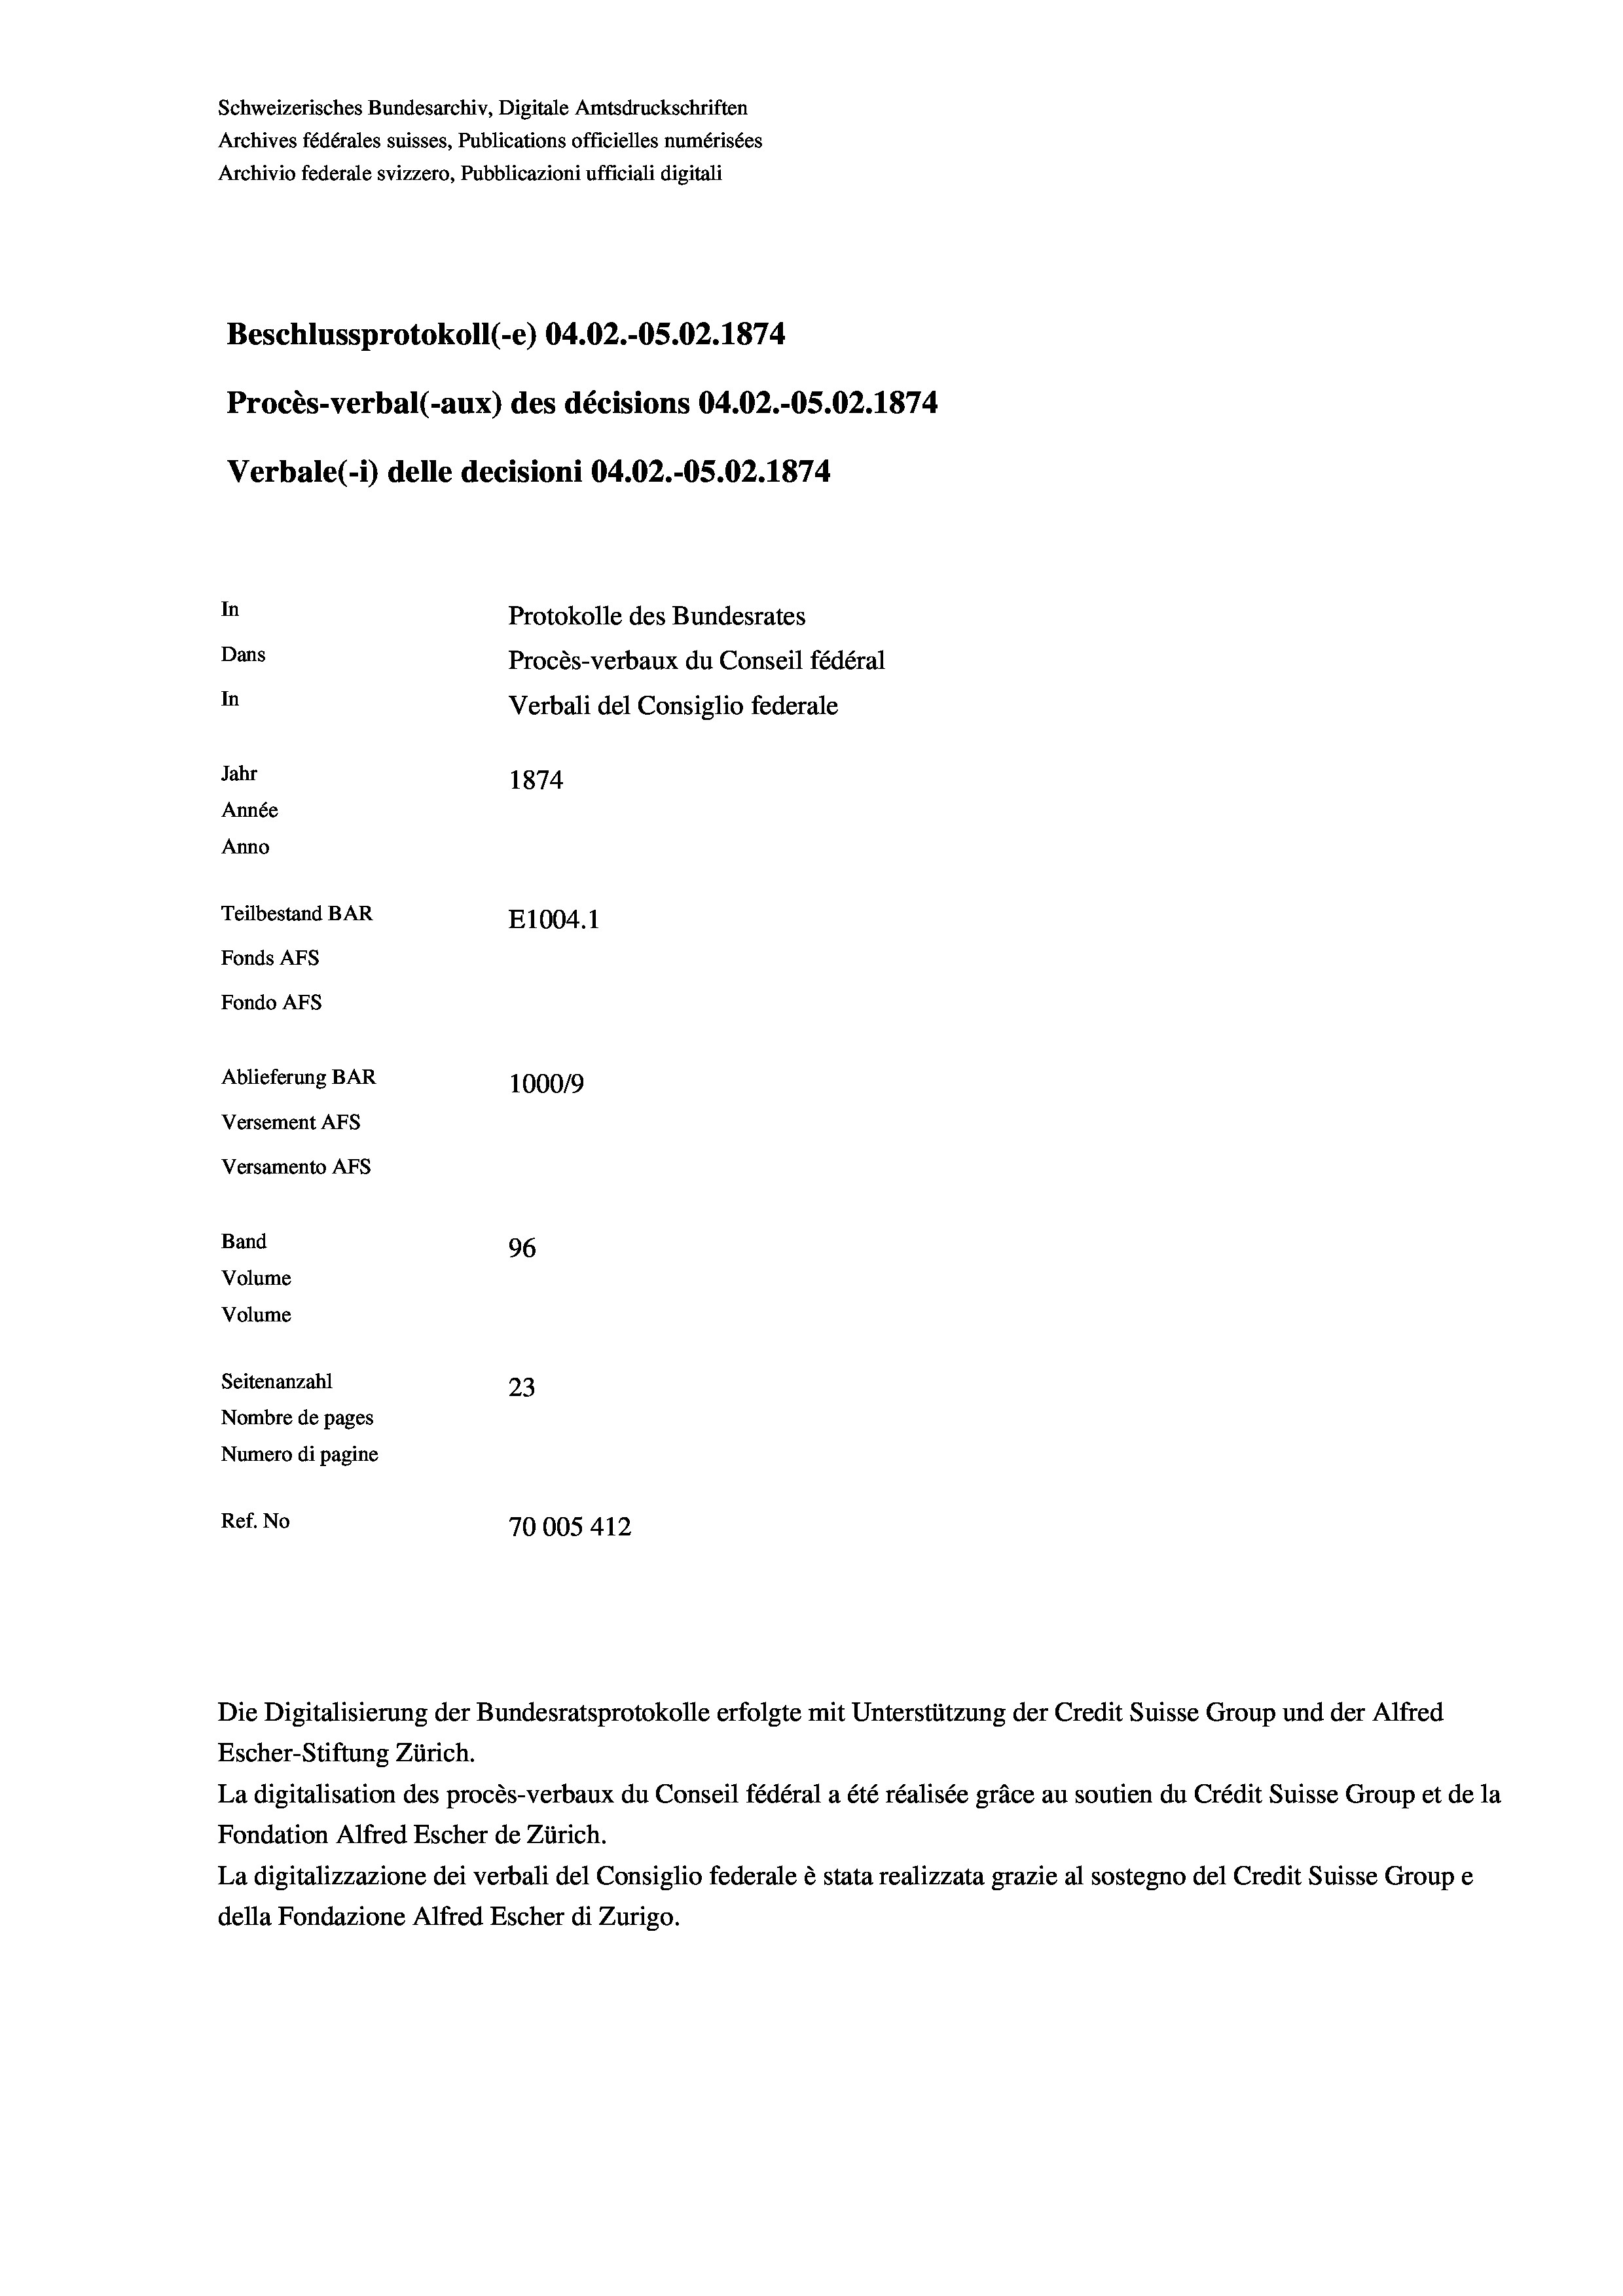
Schweizerisches Bundesarchiv, Digitale Amtsdruckschriften
Archives fédérales suisses, Publications officielles numérisées
Archivio federale svizzero, Pubblicazioni ufficiali digitali
Beschlussprotokoll (-e) 04.02.-OS.02. 1874
Procès-verbal (-aux) des décisions 04.02.-OS.02. 1874
Verbale(-*) delle decisioni 04.02.-OS.02. 1874
In
Protokolle des Bundesrates
Dans
Procès-verbaux du Conseil fédéral
In
Verbali del Consiglio federale
Jahr
1874
Année
Anno
Teilbestand BAR
E1004.1
Fonds AFs
Fondo Afs
Ablieferung BAR
100019
Versement AFs
Versamento AFs
Band
96
Volume
Volume
Seitenanzahl
23

Nombre de pages
Numero di pagine
Ref. No
70005412

La digitalisation des procès-verbaux du Conseil fédéral a été réalisée gräce au soutien du Crédit Suisse Group et de la
Fondation Alfred Escher de Zürich.
La digitalizzazione dei verbali del Consiglio federale è stata realizzata grazie al sostegno del Credit Suisse Groupe
della Fondazione Alfred Escher di Zurigo.

Die Digitalisierung der Bundesratsprotokolle erfolgte mit Unterstützung der Credit Suisse Group und der Alfred
Escher-Stiftung Zürich.